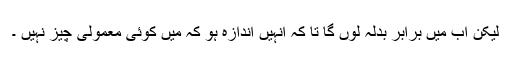
لیکن اب میں برابر بدلہ لوں گا تا کہ انہیں اندازہ ہو کہ میں کوئی معمولی چیز نہیں ۔